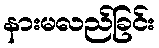
နားမလည်ခြင်း